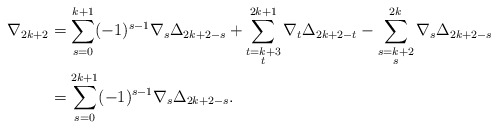
\begin{align*} \nabla_{2k+2}&=\sum_{s=0}^{k+1}(-1)^{s-1}\nabla_s\Delta_{2k+2-s}+\sum_{\substack{t=k+3 \\ t }}^{2k+1}\nabla_t\Delta_{2k+2-t}-\sum_{\substack{s=k+2 \\ s }}^{2k} \nabla_s\Delta_{2k+2-s}\\ &=\sum_{s=0}^{2k+1}(-1)^{s-1}\nabla_s\Delta_{2k+2-s}. \end{align*}